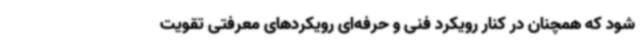
شود که همچنان در کنار رویکرد فنی و حرفه‌ای رویکردهای معرفتی تقویت